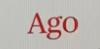
Ago